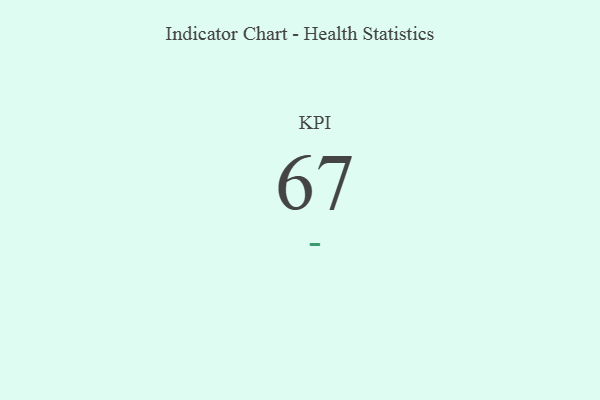
{"axis": {"x": "KPI", "y": "Value"}, "legend": [""], "data": [{"x": "KPI", "y": 67, "type": ""}]}